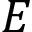
E